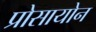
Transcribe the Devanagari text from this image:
प्रोसायोन